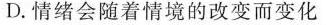
D.情绪会随着情境的改变而变化